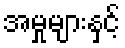
အမှုများနှင့်